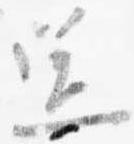
送